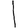
Digit: 1